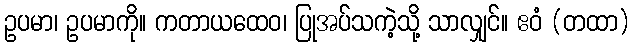
ဥပမာ၊ ဥပမာကို။ ကတာယထေဝ၊ ပြုအပ်သကဲ့သို့ သာလျှင်။ ဧဝံ (တထာ)